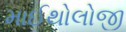
માઈથોલોજી